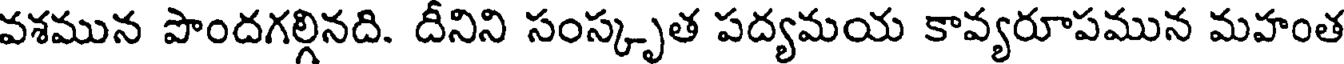
వశమున పొందగల్గినది. దీనిని సంస్కృత పద్యమయ కావ్యరూపమున మహంత